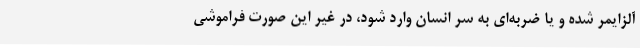
آلزایمر شده و یا ضربه‌ای به سر انسان وارد شود، در غیر این صورت فراموشی